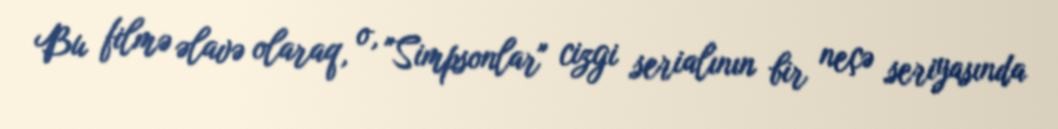
Bu filmə əlavə olaraq, o, "Simpsonlar" cizgi serialının bir neçə seriyasında